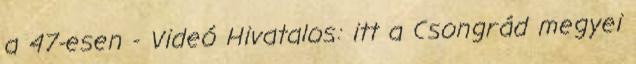
a 47-esen - Videó Hivatalos: itt a Csongrád megyei